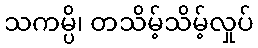
သကမ္ပိ၊ တသိမ့်သိမ့်လှုပ်